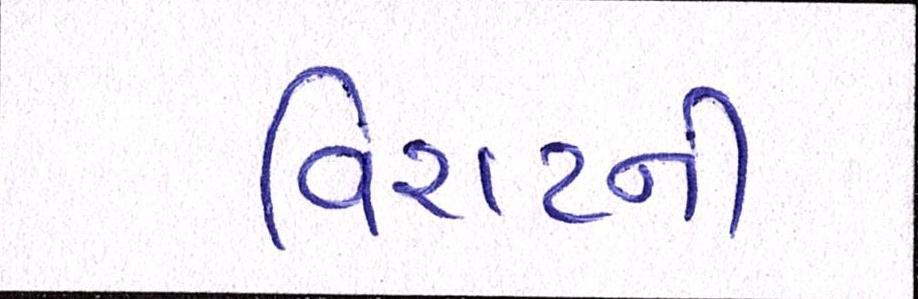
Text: વિરાટની